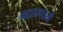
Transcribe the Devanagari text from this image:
मुद्राप्रणाली